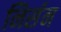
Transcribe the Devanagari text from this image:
निर्सन